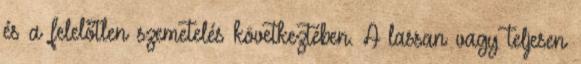
és a felelőtlen szemetelés következtében. A lassan vagy teljesen